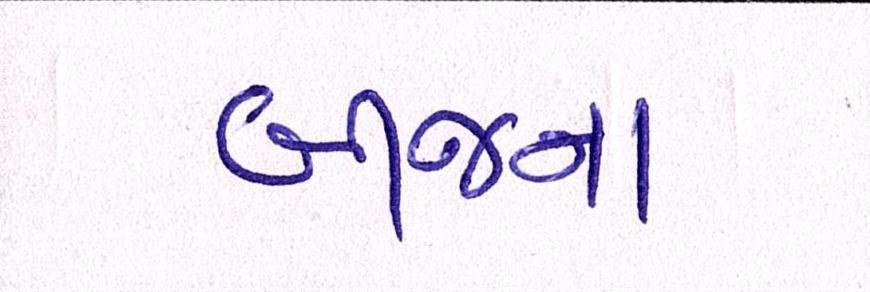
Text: બીજના